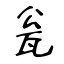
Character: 瓮